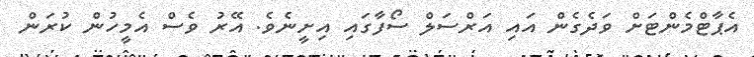
އެޕާޓްމެންޓަށް ވަދެގެން އައި އަރްސަލް ސޯފާގައި އިށީނެވެ. އޭރު ވެސް އެމީހުން ކުރަން